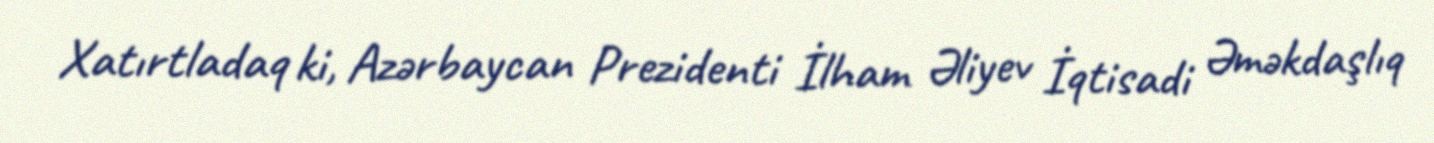
Xatırtladaq ki, Azərbaycan Prezidenti İlham Əliyev İqtisadi Əməkdaşlıq